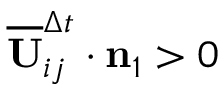
\overline { { \mathbf { U } } } _ { i j } ^ { \Delta t } \cdot \mathbf { n } _ { 1 } > 0